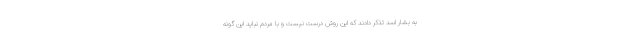
به بشار اسد تذکر دادند که این روش درست نیست و با مردم نباید این گونه